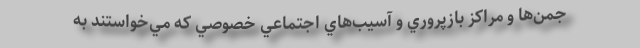
جمن‌ها و مراكز بازپروري و آسيب‌هاي اجتماعي خصوصي كه مي‌خواستند به